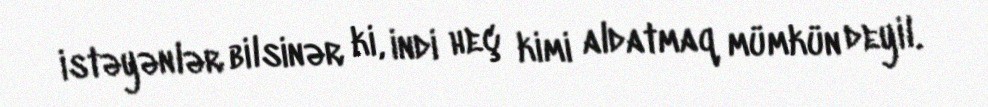
istəyənlər bilsinər ki, indi heç kimi aldatmaq mümkün deyil.